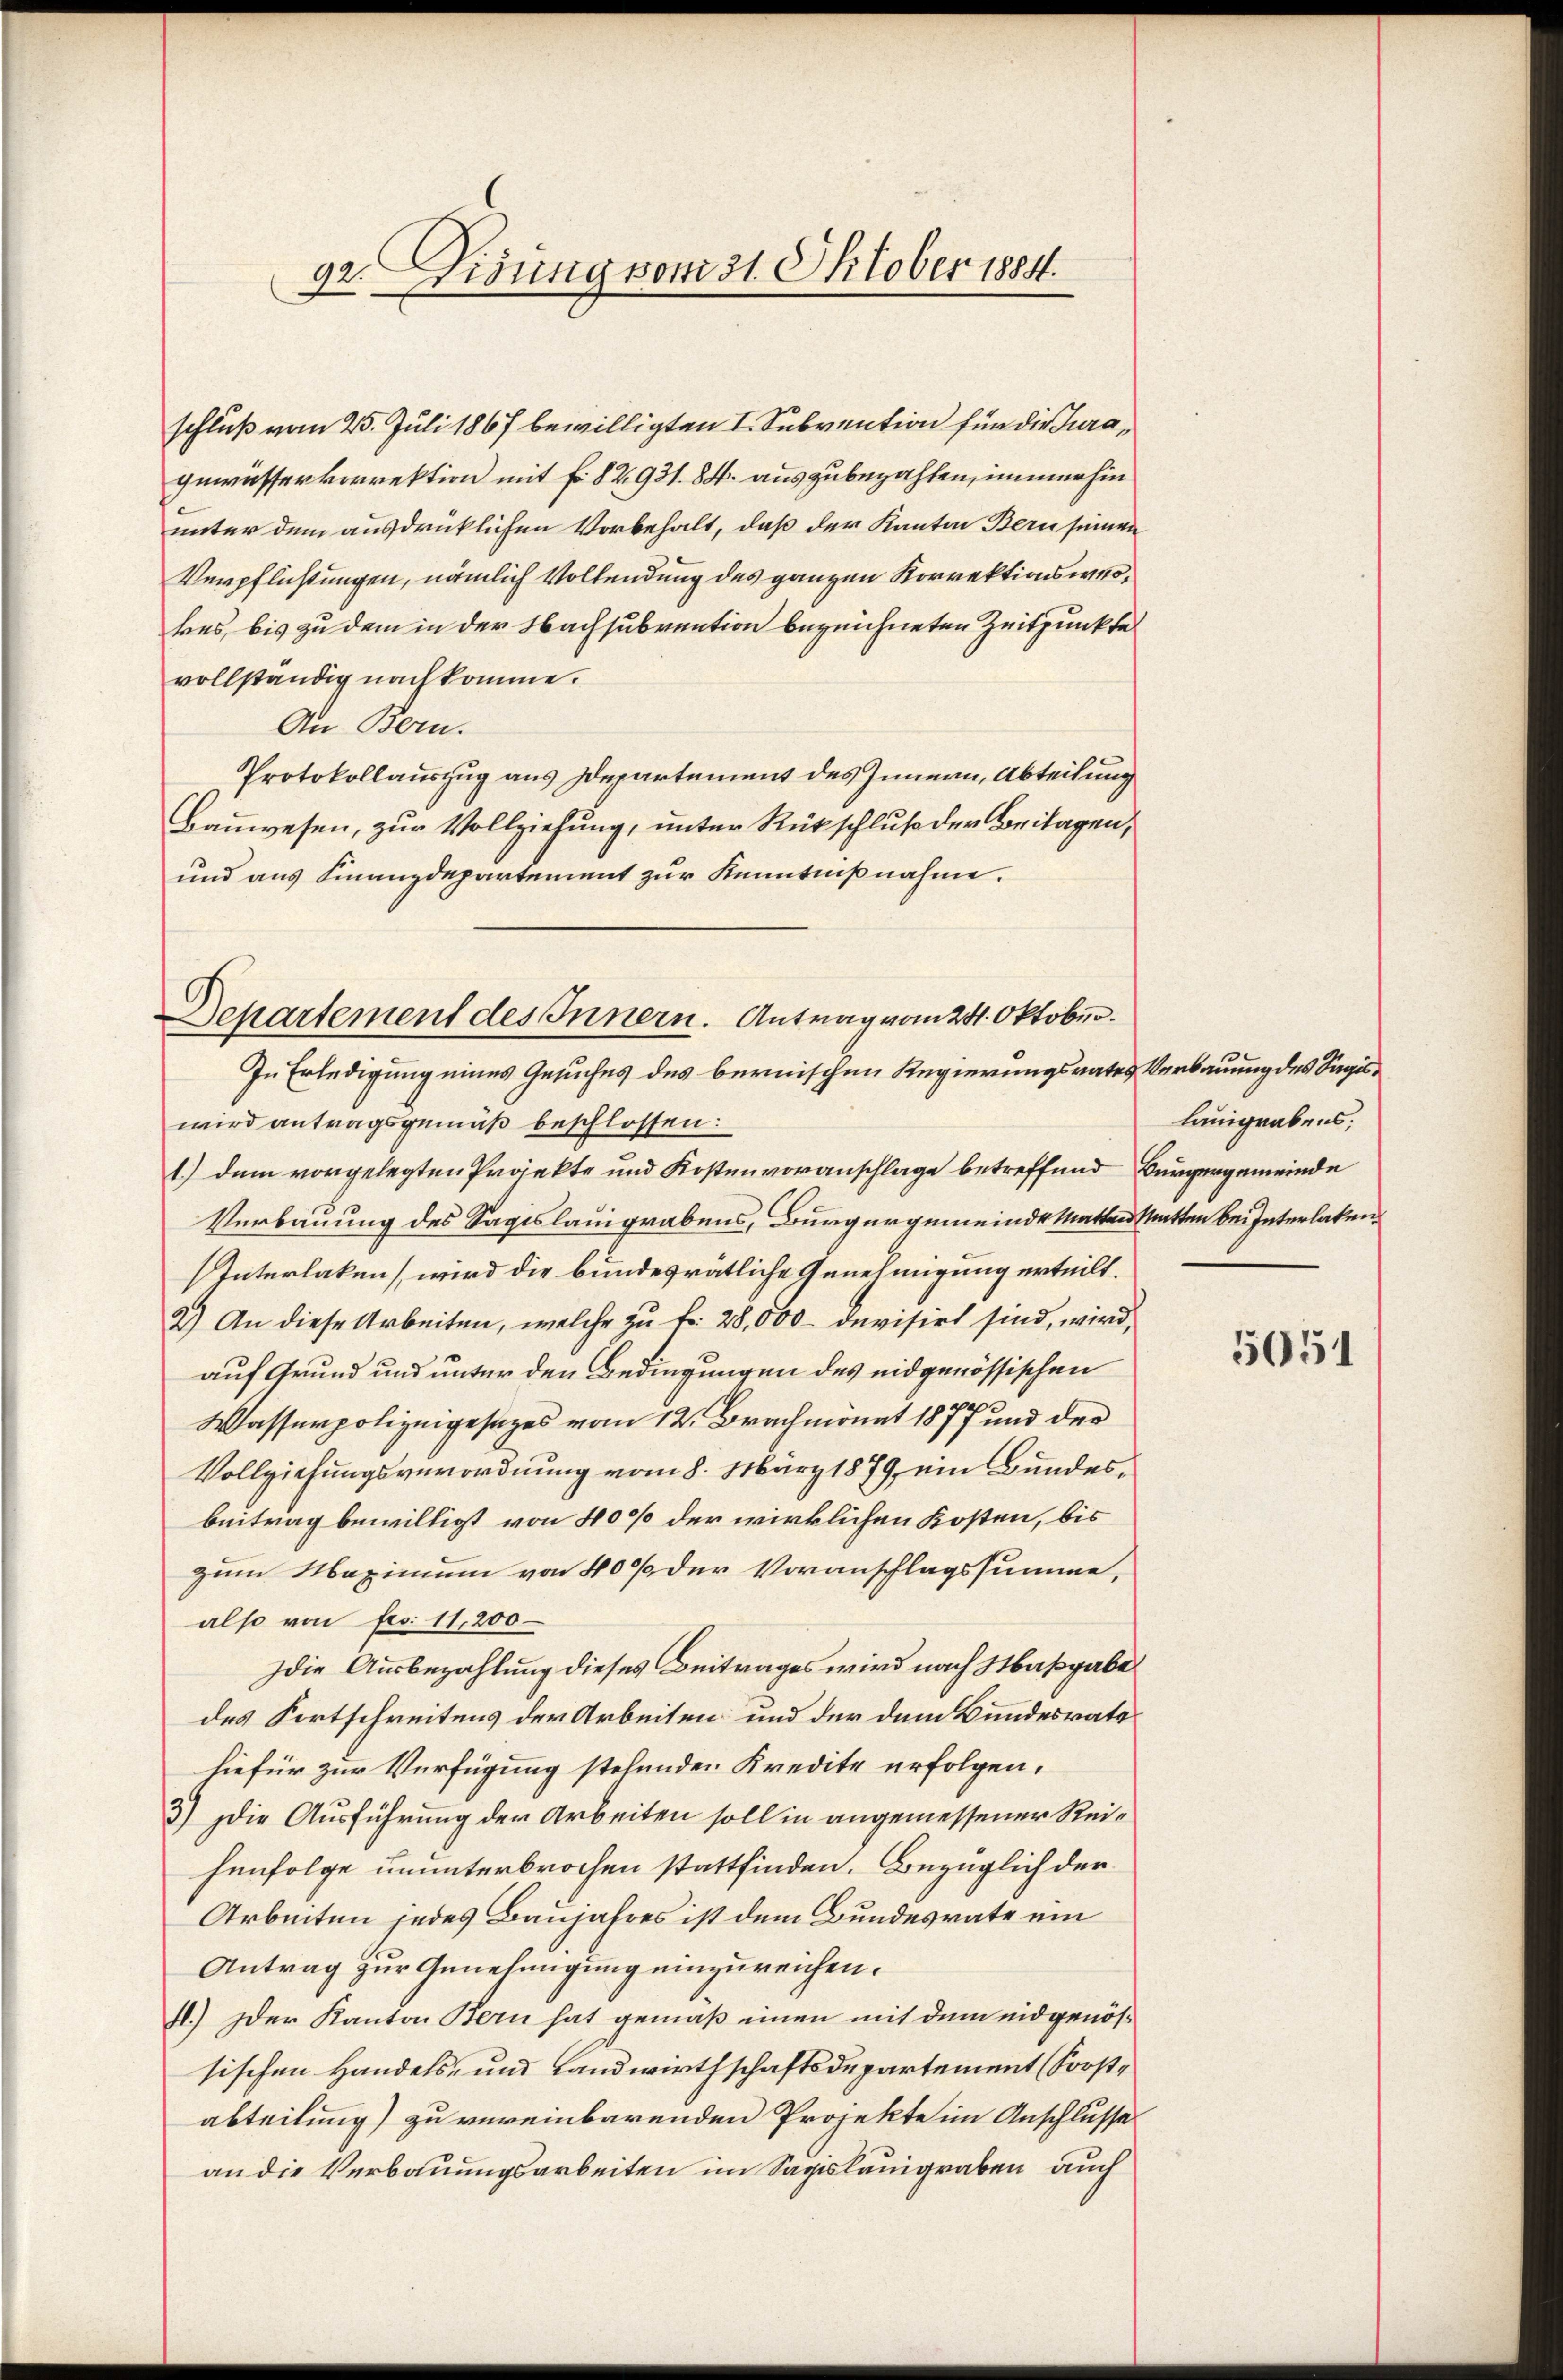
92. Fisung vom 31. Oktober 1884.
.

schluß vom 25. Juli 1867 bewilligten I. Subvention für die Juragewässerkorrektion mit fr. 82,931. 84. auszubezahlen, immerhin
unter dem ausdrücklichen Vorbehalt, daß der Kanton Bern seinen
Verpflichtungen, nämlich Vollendung des ganzen Korrektionswerkes, bis zu dem in der Nachsubvention bezeichneten Zeitpunkte
vollständig nachkomme.
An Bern.
Protokollauszug aus Departement des Innern, Abteilung
Bauwesen, zur Vollziehung, unter Rückschluß der Britagen,
und aus Finanzdepartement zur Kenntnißnahme.
In Erledigung eines Gesuches des bernischen Regierungsrates Verbauung des Sagiswird antragsgemäß beschlossen:
1.) dem vorgelegten Präjekte und Kostenvoranschlage betreffend Bürgergemeinde
Verbauung des Sageslauigrabens, Bürgergemeinde Matte Matten bei Interlaken
Interlaken wird die bundesrätliche Genehmigung erteilt.
2.) An diese Arbeiten, welche zu Fr. 28,000 devisirt sind, wird,
auf Grund und unter den Bedingungen des eidgenössischen
Wasserpolizeigesezes vom 12. Brachmonat 1877 und der
Vollziehungsverordnung vom 8. März 1879, ein Bundesbeitrag bewilligt von 400 der wirklichen Kosten, bis
zum Maximum von 40% der Voranschlagssumme,
also von Frs. 11,200
die Ausbezahlung dieses Beitrages wird nach Maßgabe
des Fortschreitens der Arbeiten und der dem Bundesrate
hiefür zur Verfügung stehenden Kredite erfolgen,
3) Die Ausführung der Arbeiten soll in angemessener Reihenfolge ununterbrochen stattfinden. Bezüglich der
Arbeiten jedes Baujahres ist dem Bundesrate ein
Antrag zur Genehmigung einzureichen.
11.) Der Kanton Bern hat gemäß einen mit dem eidgenössischen Handels- und Landwirthschaftsdepartement (Forstabteilung) zu vereinbarenden Projekte im Anschlusse
an die Verbauungsarbeiten im Sagislauigraben, auch

Departement des Innern. Antrag vom 24. Oktober.

luigrabens;

5051